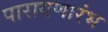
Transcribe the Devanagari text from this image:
पारायणारंभ